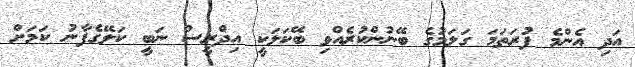
އަދި އެންމެ ފުރަތަމަ ގަލަމުގެ ބޭނުންކުރެއްވި ބޭކަލަކީ އިދްރީސް ނަބީ ކަލޭގެފާނު ކަމަށް